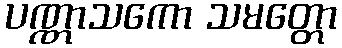
ပဏ္ဏာသကော သမတ္တော